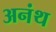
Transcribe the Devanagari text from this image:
अनंथ